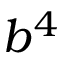
b ^ { 4 }